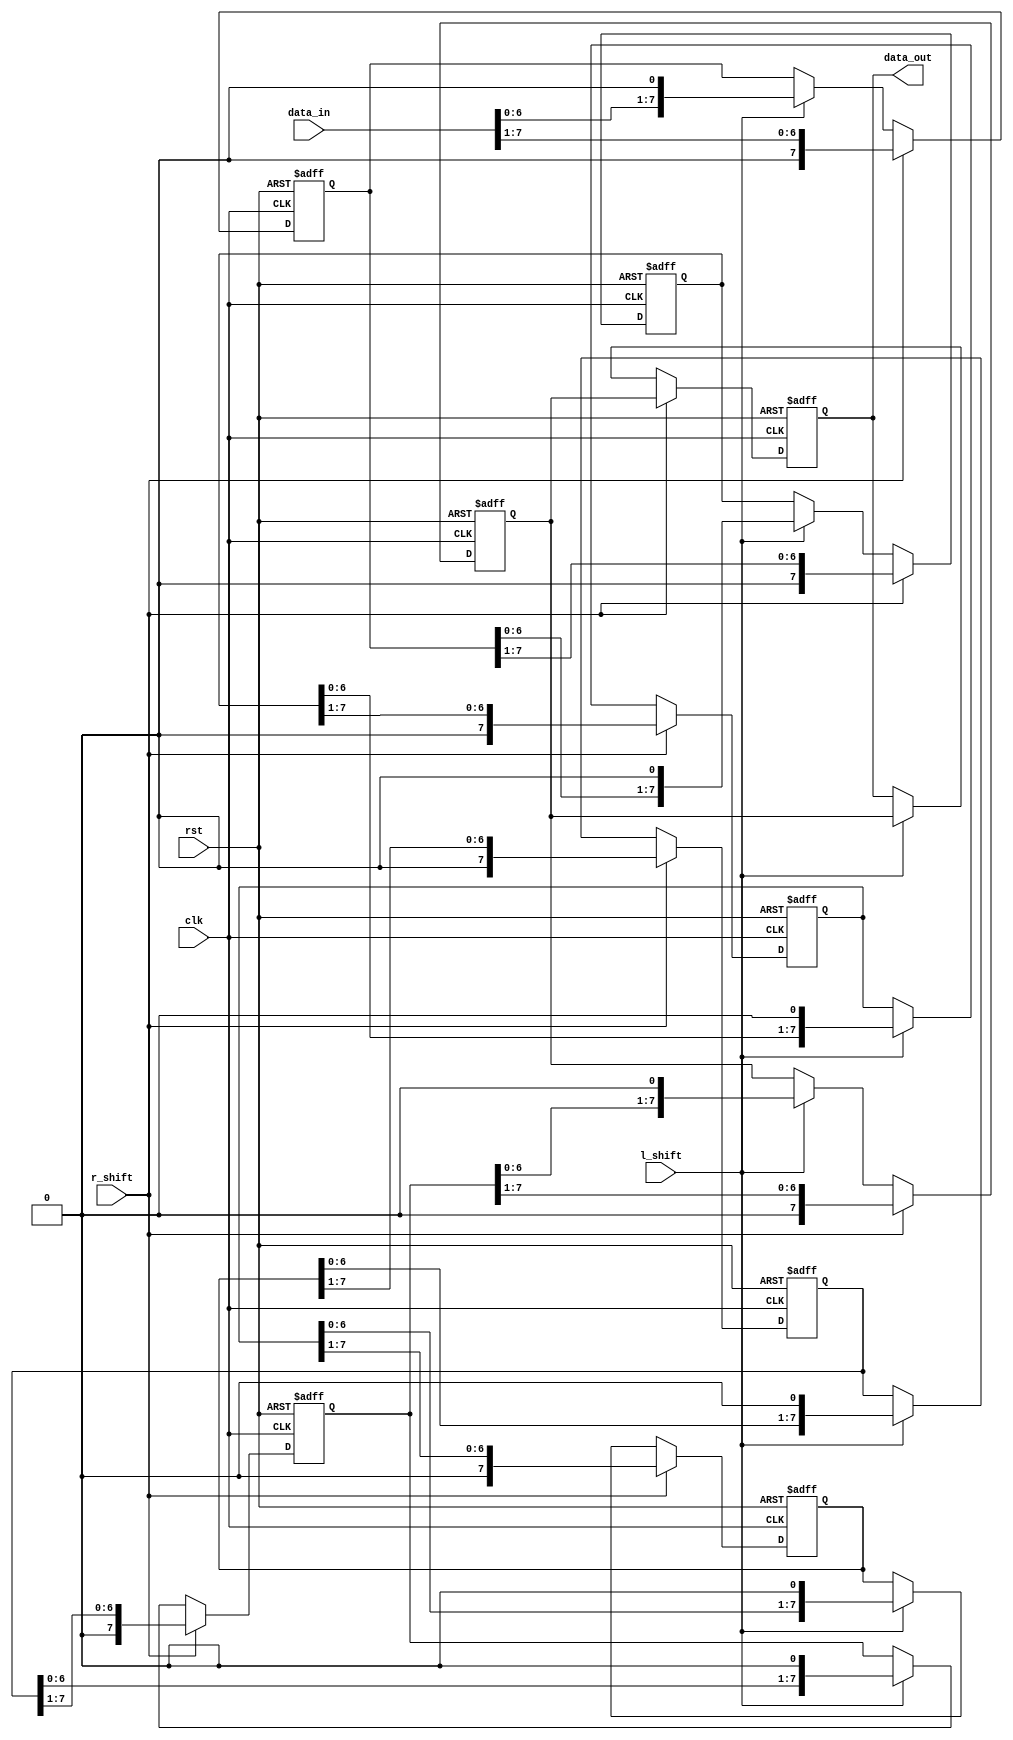
module barrel_shifter (
    input wire clk,
    input wire rst,
    input wire [7:0] data_in,
    input wire l_shift,
    input wire r_shift,
    output reg [7:0] data_out
);

reg [7:0] reg1, reg2, reg3, reg4, reg5, reg6, reg7;

always @(posedge clk or posedge rst) begin
    if (rst) begin
        data_out <= 0;
        reg1 <= 0;
        reg2 <= 0;
        reg3 <= 0;
        reg4 <= 0;
        reg5 <= 0;
        reg6 <= 0;
        reg7 <= 0;
    end else begin
        if (l_shift) begin
            reg1 <= data_in << 1;
            reg2 <= reg1 << 1;
            reg3 <= reg2 << 1;
            reg4 <= reg3 << 1;
            reg5 <= reg4 << 1;
            reg6 <= reg5 << 1;
            reg7 <= reg6 << 1;
            data_out <= reg7;
        end
        if (r_shift) begin
            reg1 <= data_in >> 1;
            reg2 <= reg1 >> 1;
            reg3 <= reg2 >> 1;
            reg4 <= reg3 >> 1;
            reg5 <= reg4 >> 1;
            reg6 <= reg5 >> 1;
            reg7 <= reg6 >> 1;
            data_out <= reg7;
        end
    end
end

endmodule